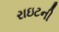
રાઇટની